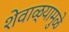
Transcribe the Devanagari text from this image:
शेवाळ्यामुळे